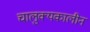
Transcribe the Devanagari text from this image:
चालुक्‍यकालीन